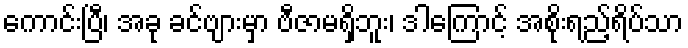
ကောင်းပြီ၊ အခု ခင်ဗျားမှာ ဗီဇာမရှိဘူး၊ ဒါကြောင့် အစိုးရည့်ရိပ်သာ